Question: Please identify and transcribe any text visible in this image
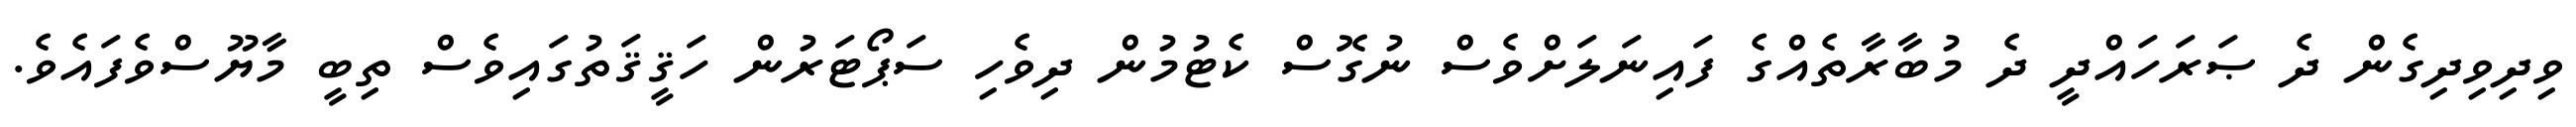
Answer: ވިދިވިދިގެން ދެ ޞަރަހައްދީ ދެ މުބާރާތެއްގެ ފައިނަލަށްވެސް ނުގޮސް ކެޓުމުން ދިވެހި ސަޕޯޓަރުން ހަޤީޤަތުގައިވެސް ތިބީ މާޔޫސްވެފައެވެ.